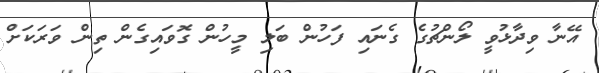
އޭނާ ވިދާޅުވީ ލޯންޗުގެ ގެނައި ފަހުން ބަލި މީހުން ގޮވައިގެން ތިން ވަރަކަށް